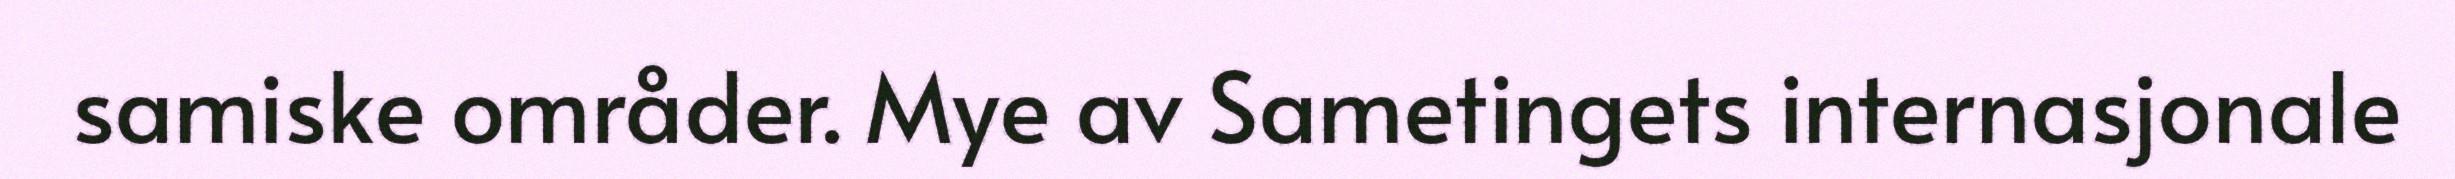
samiske områder. Mye av Sametingets internasjonale